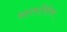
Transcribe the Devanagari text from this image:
सप्तमात्रिरिका